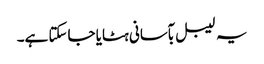
یہ لیبل بآسانی ہٹایا جاسکتا ہے۔